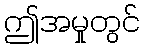
ဤအမှုတွင်